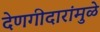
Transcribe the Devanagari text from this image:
देणगीदारांमुळे